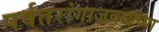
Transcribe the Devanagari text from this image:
पर्वतरांगाजवळच्या